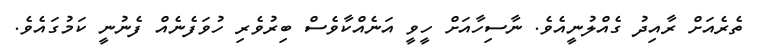
ތެރެއަށް ރާއިދު ގެއްލުނީއެވެ. ނާސިހާއަށް ހީވީ އަނެއްކާވެސް ބިރުވެރި ހުވަފެނެއް ފެނުނީ ކަމުގައެވެ.